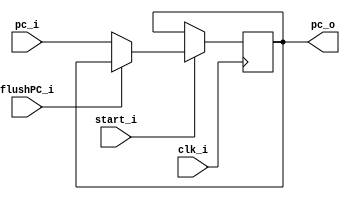
module PC
(
    clk_i,
//    rst_i,
    flushPC_i,
    start_i,
    pc_i,
    pc_o
);

// Ports
input               clk_i;
//input               rst_i;
input               start_i;
input               flushPC_i;
input   [31:0]      pc_i;
output  [31:0]      pc_o;

// Wires & Registers
reg     [31:0]      pc_o;
always@(posedge clk_i ) begin
    
    //if begin
    if(start_i) begin
      if (flushPC_i)
        pc_o <= pc_o;
      else
        pc_o <= pc_i;
    end
    else begin
      pc_o <= pc_o;
    end
    //end
end

endmodule